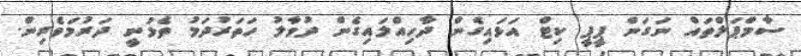
ސާމްޕަލްތައް ނަގަަން ޕީޕީ ކިޓް އަޅައިގެން ދާހިއްލައިގެން ދުވާލު ހަތަރުދަމު ތެޅުނީ ދަރުމަވެރިން.